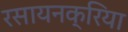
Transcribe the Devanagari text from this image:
रसायनक्रिया